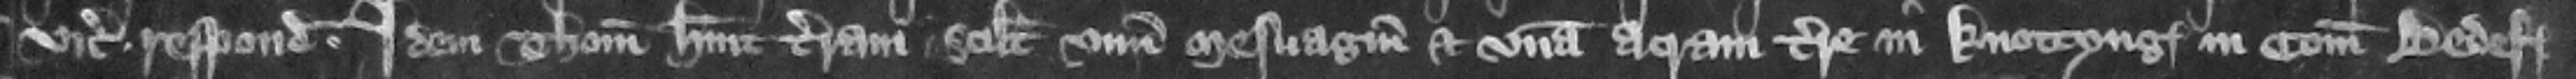
vicecomes respondeat. Idem Thomas habuit terram. scilicet vnum mesuagium et vnam acram terre in Knottyng in comitatu Bedeford